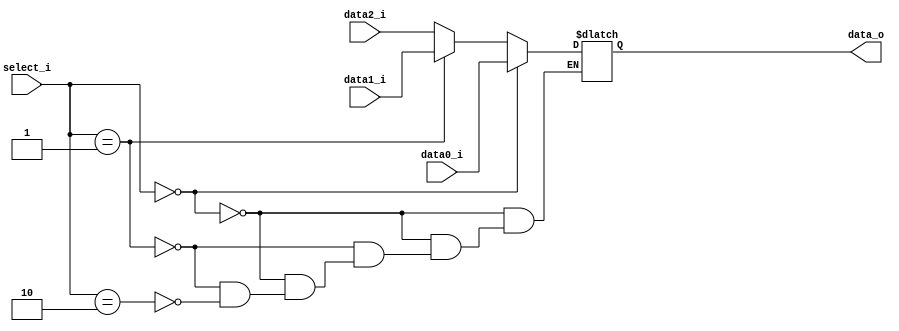
//Subject:     CO project 2 - MUX 221
//--------------------------------------------------------------------------------
//Version:     1
//--------------------------------------------------------------------------------
//Writer:      Luke
//----------------------------------------------
//----------------------------------------------
//Description: 
//--------------------------------------------------------------------------------
     
module MUX_3to1(
               data0_i,
               data1_i,
			   data2_i,
               select_i,
               data_o
               );	   
			
parameter size = 0;	
			
//I/O ports               
input	[size-1:0]   data0_i;          
input	[size-1:0]   data1_i;
input	[size-1:0]   data2_i;
input   [1:0]		 select_i;

output	[size-1:0]   data_o; 

reg		[size-1:0]	 result;

always@(*)begin
	if(select_i == 2'd0) result = data0_i; 
	else if(select_i == 2'd1) result = data1_i; 
	else if(select_i == 2'd2) result = data2_i; 
end

assign data_o = result;

endmodule